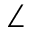
\angle